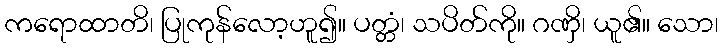
ကရောထာတိ၊ ပြုကုန်လော့ဟူ၍။ ပတ္တံ၊ သပိတ်ကို။ ဂဏှိ၊ ယူ၏။ သော၊